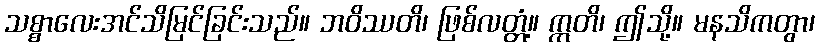
သစ္စာလေးအင်သိမြင်ခြင်းသည်။ ဘဝိဿတိ၊ ဖြစ်လတ္တံ့။ ဣတိ၊ ဤသို့။ မနသိကတွာ၊